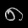
Digit: ၈